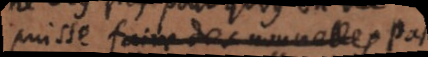
puisse faire des nouvelles pas